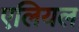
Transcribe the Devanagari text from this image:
एलियल